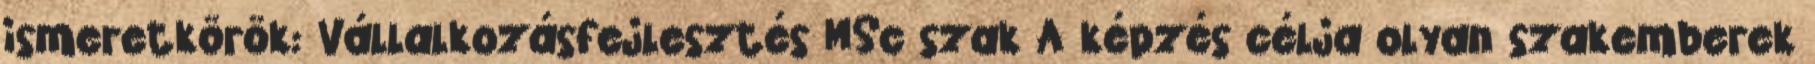
ismeretkörök: Vállalkozásfejlesztés MSc szak A képzés célja olyan szakemberek